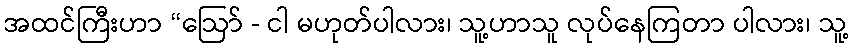
အထင်ကြီးဟာ “ဩော် - ငါ မဟုတ်ပါလား၊ သူ့ဟာသူ လုပ်နေကြတာ ပါလား၊ သူ့